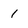
Character: 1